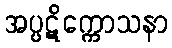
အပ္ပဋိက္ကောသနာ